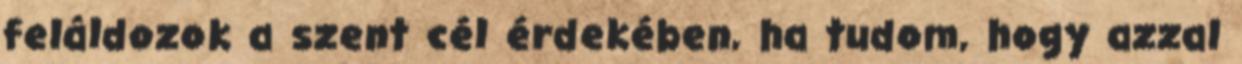
feláldozok a szent cél érdekében, ha tudom, hogy azzal